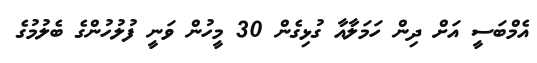
އެމްބަސީ އަށް ދިން ހަމަލާއާ ގުޅިގެން 30 މީހުން ވަނީ ފުލުހުންގެ ބެލުމުގެ